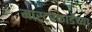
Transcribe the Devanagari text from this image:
मास्टरकार्डच्या